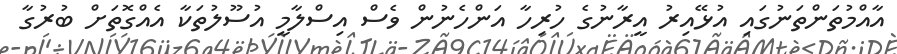
އާއްމުތަންތަނުގައި އުޅޭއިރު އީރާނުގެ ހުރިހާ އަންހެނުން ވެސް އިސްލާމީ އުސޫލުތަކާ އެއްގޮތަށް ބުރުގާ